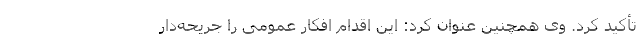
تأکید کرد. وی همچنین عنوان کرد: این اقدام افکار عمومی را جریحه‌دار